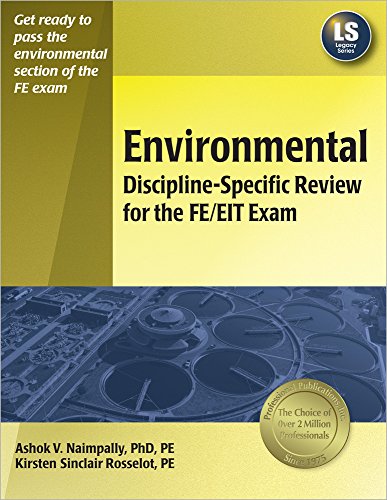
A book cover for Environmental Discipline-Specific Review for the FE/EIT Exam; Ashok V. Naimpally; Test Preparation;